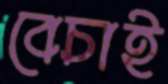
বেচাই